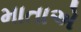
માતાએ